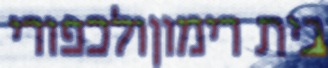
בית רימוןולכפורי